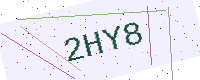
Text: 2HY8